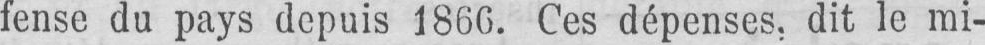
fense du pays depuis 1866. Ces dépenses, dit le mi-